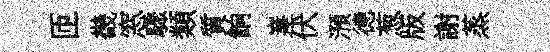
匝畿窓驟類質餉嵳伏澦德葱版謝蒸